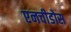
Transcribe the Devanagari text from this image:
एनचीडोस